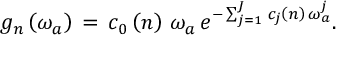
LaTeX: g _ { n } \left( \omega _ { a } \right) \, = \, c _ { 0 } \left( n \right) \, \omega _ { a } \, e ^ { - \sum _ { j = 1 } ^ { J } \, c _ { j } \left( n \right) \, \omega _ { a } ^ { j } } .